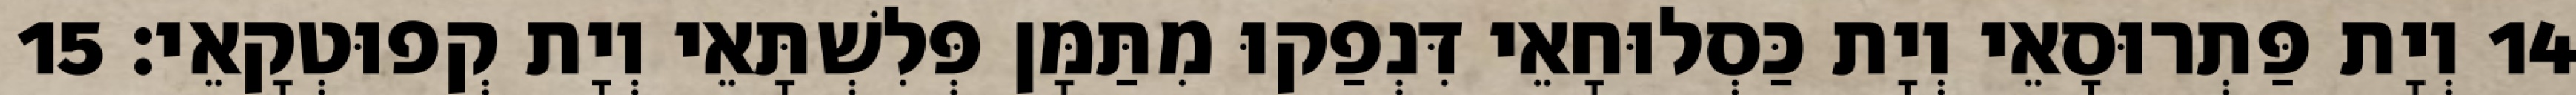
14 וְיָת פַּתְרוּסָאֵי וְיָת כַּסְלוּחָאֵי דִּנְפַקוּ מִתַּמָּן פְּלִשְׁתָּאֵי וְיָת קְפוּטְקָאֵי׃ 15